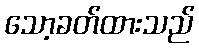
သော့ခတ်ထားသည်